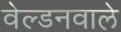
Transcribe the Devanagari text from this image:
वेल्डनवाले